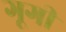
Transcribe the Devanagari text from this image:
गूगी